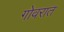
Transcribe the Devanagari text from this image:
गोवरात